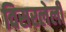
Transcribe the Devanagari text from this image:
विसरलेली